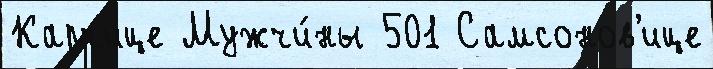
Карчице Мужчи́ны 501 Самсонов'ице